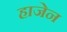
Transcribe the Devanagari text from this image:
हाजेन